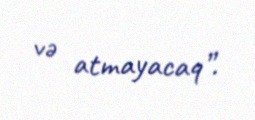
və atmayacaq”.